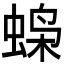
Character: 𫋇